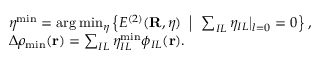
\begin{array} { r l } & { { \boldsymbol \eta } ^ { \mathrm { m i n } } = \arg \operatorname* { m i n } _ { { \boldsymbol \eta } } \left\{ E ^ { ( 2 ) } ( { \bf R } , { \boldsymbol \eta } ) ~ \left\vert ~ \ \sum _ { I L } \eta _ { I L } \big \vert _ { l = 0 } = 0 \right. \right\} , } \\ & { \Delta \rho _ { \mathrm { m i n } } ( { \bf r } ) = \sum _ { I L } \eta _ { I L } ^ { \mathrm { m i n } } \phi _ { I L } ( { \bf r } ) . } \end{array}